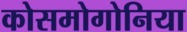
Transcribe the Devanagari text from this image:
कोसमोगोनिया